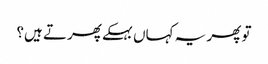
تو پھر یہ کہاں بہکے پھرتے ہیں؟